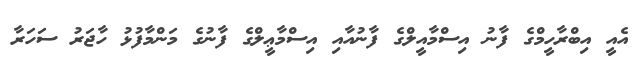
އެއީ އިބްރާހީމްގެ ފާނު އިސްމާއީލްގެ ފާނުއާއި އިސްމާޢީލްގެ ފާނުގެ މަންމާފުޅު ހާޖަރު ސަހަރާ